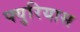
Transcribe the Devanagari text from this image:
फ्युरियास